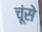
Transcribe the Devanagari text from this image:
चूंसे